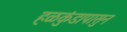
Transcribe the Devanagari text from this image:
हळकुंडापासुन